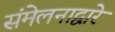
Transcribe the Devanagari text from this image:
संमेलनाद्वारे